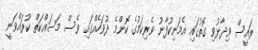
ރައީސް ވިދާޅުވި ގޮތުގައި އެމަނިކުފާނު ވެރިކަމުގެ ކޮންމެ ދުވަހެއްގައި ވެސް މަސައްކަތް ކުރައްވަނީ